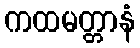
ကထမတ္တာနံ